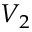
V _ { 2 }